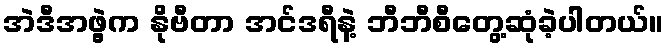
အဲဒီအဖွဲ့က နိုဗီတာ အင်ဒရီနဲ့ ဘီဘီစီတွေ့ဆုံခဲ့ပါတယ်။